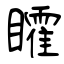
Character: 矐